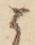
候